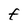
Character: F